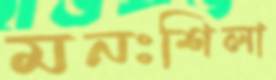
মনঃশিলা